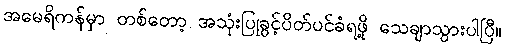
အမေရိကန်မှာ တစ်တော့ အသုံးပြုခွင့်ပိတ်ပင်ခံရဖို့ သေချာသွားပါပြီ။